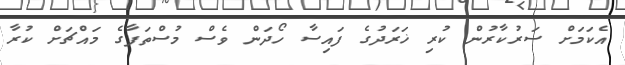
އެކަމަށް ސަރުކާރުން ކުރި ޚަރަދުގެ ފައިސާ ހޯދަން ވެސް މުސްތަފާގެ މައްޗަށް ކުރާ